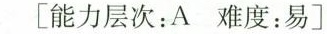
[能力层次；A难度：易]